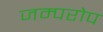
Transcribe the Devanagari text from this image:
जम्परोप